Report of the Lahore Medical School Hospital
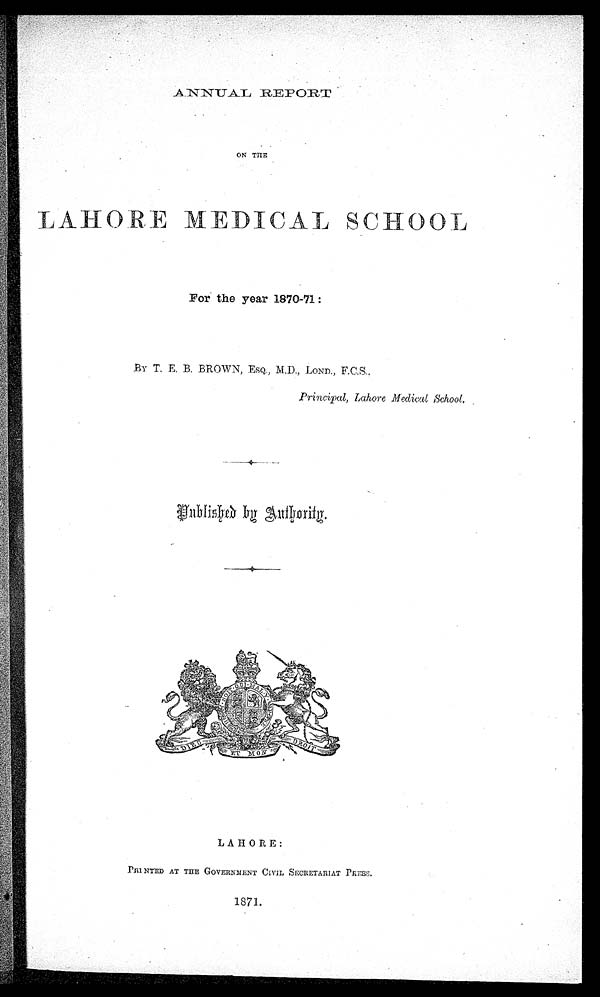
ANNUAL REPORT
ON THE
LAHORE MEDICAL SCHOOL
For the year 1870-71:
BY- T. E. B. BROWN, ESQ., M.D., LOND., F.C.S.,
Principal, Lahore Medical School.
P u b l i s h e d b y A u t h o r i t y
.
LAHORE:
PRI NTED AT THE GOVERNMENT CI VI L SECRETARI AT PRESS
1871.